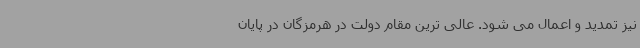
نیز تمدید و اعمال می شود. عالی ترین مقام دولت در هرمزگان در پایان